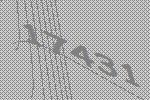
17431